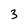
Character: 3